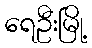
ရေဦးမြို့